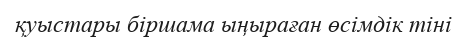
қуыстары біршама ыңыраған өсімдік тіні